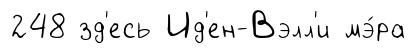
248 зд'есь Ид'ен-Вэлл'и мэ́ра